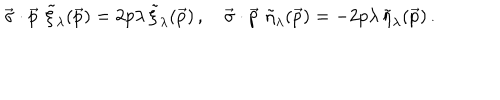
\vec { \sigma } \cdot \vec { p } \, \, \tilde { \xi } _ { \lambda } ( \vec { p } ) = 2 p \lambda \, \tilde { \xi } _ { \lambda } ( \vec { p } ) \, , \quad \vec { \sigma } \cdot \vec { p } \, \, \tilde { \eta } _ { \lambda } ( \vec { p } ) = - 2 p \lambda \, \tilde { \eta } _ { \lambda } ( \vec { p } ) \, .